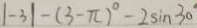
\vert - 3 \vert - ( 3 - \pi ) ^ { \circ } - 2 \sin 3 0 ^ { \circ }